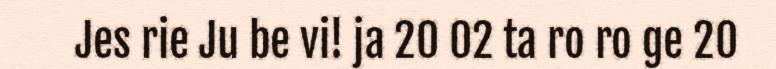
Jes rie Ju be vi! ja 20 02 ta ro ro ge 20